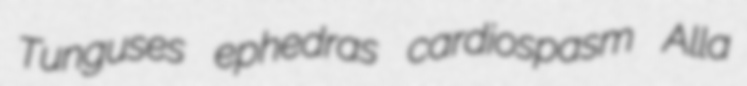
Tunguses ephedras cardiospasm Alla